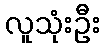
လူသုံးဦး